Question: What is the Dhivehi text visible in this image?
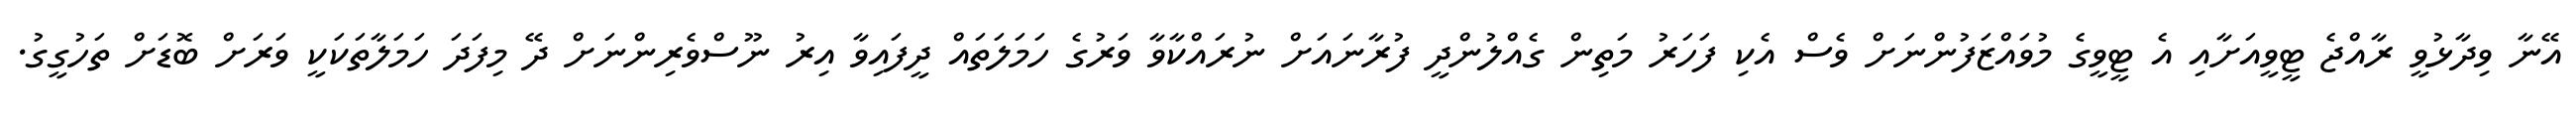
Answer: އޭނާ ވިދާޅުވީ ރާއްޖެ ޓީވީއަށާއި އެ ޓީވީގެ މުވައްޒަފުންނަށް ވެސް އެކި ފަހަރު މަތިން ގެއްލުންދީ ފުރާނައަށް ނުރައްކާވާ ވަރުގެ ހަމަލަތައް ދީފައިވާ އިރު ނޫސްވެރިންނަށް ދޭ މިފަދަ ހަމަލާތަކަކީ ވަރަށް ބޮޑަށް ތަހުގީގު.